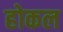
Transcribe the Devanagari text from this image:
होकल